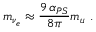
m _ { \nu _ { e } } \approx { \frac { 9 \, \alpha _ { P S } } { 8 \pi } } m _ { u } ~ .